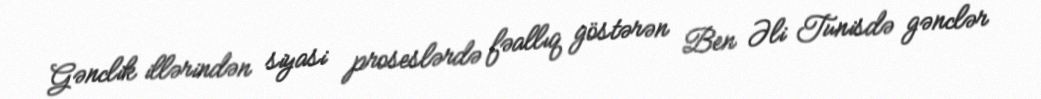
Gənclik illərindən siyasi proseslərdə fəallıq göstərən Ben Əli Tunisdə gənclər